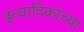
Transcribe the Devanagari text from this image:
इत्यादिकांच्या